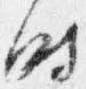
時